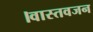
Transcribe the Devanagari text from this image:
।वास्तवजन